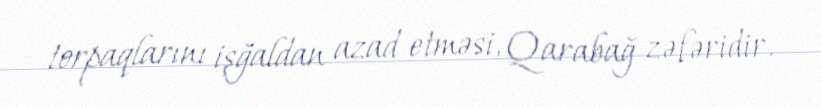
torpaqlarını işğaldan azad etməsi, Qarabağ zəfəridir.